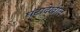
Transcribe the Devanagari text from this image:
घंटादेखील